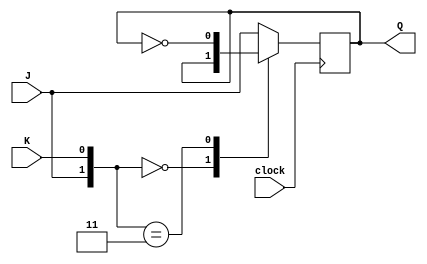
//4-BIT SYNCHRONOUS COUNTER USING JK FLIP FLOPS


//JK FLIP FLOP
module JK_FLIP_FLOP (J, K, clock, Q);
    input J, K, clock;
    output reg Q;

    initial begin
        Q = 1'b0;
    end

    always @ (posedge clock)
        case({J, K})
            //BOTH 0: SAME
            2'b00: Q <= Q;
            //BOTH 1: OPPOSITE
            2'b11: Q <= ~Q;
            //OTHERWISE, EQUAL TO J
            default: Q <= J;
        endcase
endmodule

//4-BIT COUNTER
module COUNTER_4BIT (counterOut, clock);
    input clock;
    output [3: 0] counterOut;

    JK_FLIP_FLOP JKFF0 (1'b1, 1'b1, clock, counterOut[0]);
    JK_FLIP_FLOP JKFF1 (counterOut[0], counterOut[0], clock, counterOut[1]);
    JK_FLIP_FLOP JKFF2 (counterOut[0] & counterOut[1], counterOut[0] & counterOut[1], clock, counterOut[2]);
    JK_FLIP_FLOP JKFF3 (counterOut[0] & counterOut[1] & counterOut[2], counterOut[0] & counterOut[1] & counterOut[2], clock, counterOut[3]);
endmodule


//TESTBENCH
module TESTBENCH;
    reg clock;
    wire [3: 0] counterOut;

    COUNTER_4BIT COUNTER(counterOut, clock);

    initial begin
        clock = 1'b0;
    end

    always #5 clock = ~clock;

    always @ (posedge clock)
        $display("COUNTER OUTPUT = %b\n", counterOut);

    initial begin
        #1000 $finish;
    end
endmodule